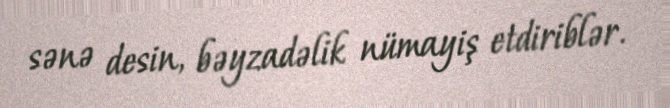
sənə desin, bəyzadəlik nümayiş etdiriblər.